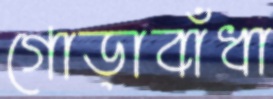
গোড়াবাঁধা